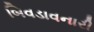
બિવડાવનારી